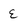
Character: E